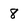
Character: 8